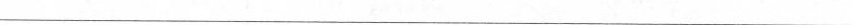
___